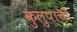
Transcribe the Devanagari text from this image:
कुलुपाची